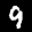
Label: 9